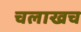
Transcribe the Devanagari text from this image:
चलाखच